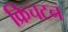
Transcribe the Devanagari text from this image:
क्रिचटन